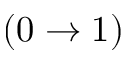
( 0 \rightarrow 1 )